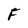
Character: F